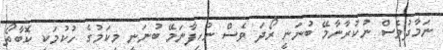
ނަމާދުވެސް ނުކުރާނާމޭ ބުނަނީ ރޯދަ ވެސް ނުހިފާނަމޭ ބުނަނީ މިކަމުގެ ހުކުމަކީ ކޮބާތޯ